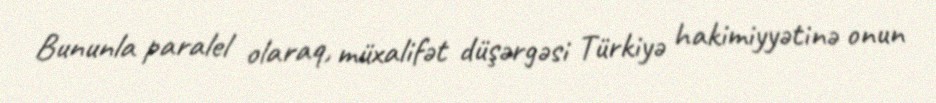
Bununla paralel olaraq, müxalifət düşərgəsi Türkiyə hakimiyyətinə onun